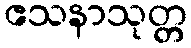
ဧသနာသုတ္တ